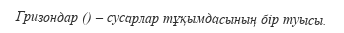
Гризондар () – сусарлар тұқымдасының бір туысы.